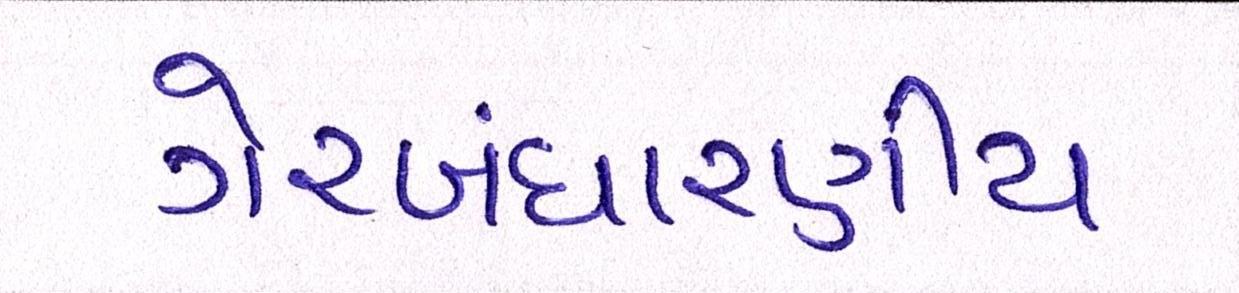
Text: ગેરબંધારણીય